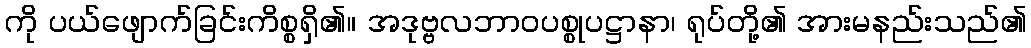
ကို ပယ်ဖျောက်ခြင်းကိစ္စရှိ၏။ အဒုဗ္ဗလဘာဝပစ္စုပဋ္ဌာနာ၊ ရုပ်တို့၏ အားမနည်းသည်၏